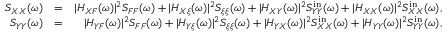
\begin{array} { r l r } { S _ { X X } ( \omega ) } & { = } & { | H _ { X F } ( \omega ) | ^ { 2 } S _ { F F } ( \omega ) + | H _ { X \xi } ( \omega ) | ^ { 2 } S _ { \xi \xi } ( \omega ) + | H _ { X Y } ( \omega ) | ^ { 2 } S _ { Y Y } ^ { \mathrm { i n } } ( \omega ) + | H _ { X X } ( \omega ) | ^ { 2 } S _ { X X } ^ { \mathrm { i n } } ( \omega ) , } \\ { S _ { Y Y } ( \omega ) } & { = } & { | H _ { Y F } ( \omega ) | ^ { 2 } S _ { F F } ( \omega ) + | H _ { Y \xi } ( \omega ) | ^ { 2 } S _ { \xi \xi } ( \omega ) + | H _ { Y X } ( \omega ) | ^ { 2 } S _ { X X } ^ { \mathrm { i n } } ( \omega ) + | H _ { Y Y } ( \omega ) | ^ { 2 } S _ { Y Y } ^ { \mathrm { i n } } ( \omega ) , } \end{array}